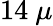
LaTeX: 14~\mu